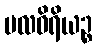
ဗလဝိရိယဉ္စ